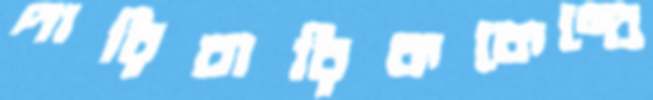
পারিবারিককেন্দ্রে